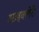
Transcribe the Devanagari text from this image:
आइक्लेरी